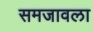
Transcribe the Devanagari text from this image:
समजावला